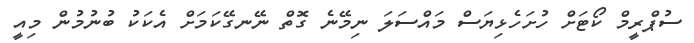
ސުޕްރީމް ކޯޓަށް ހުށަހެޅިޔަސް މައްސަލަ ނިމޭނެ ގޮތް ނޭނގޭކަމަށް އެކަކު ބުނުމުން މިއީ